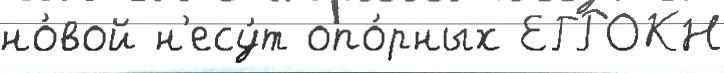
но́вой н'есу́т опо́рных ЕГРОКН